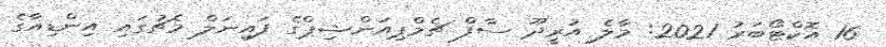
16 އޮކްޓޯބަރު 2021: މާލެ އުރީދޫ ސާފް ޗެމްޕިއަންޝިޕްގެ ފައިނަލް މެޗުގައި އިންޑިއާގެ